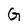
Character: G